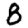
Digit: 8